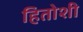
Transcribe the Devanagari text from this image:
हितोशी